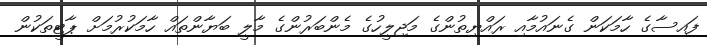
ފައިސާގެ ހާމަކަން ގެނައުމާއި ރައްޔިތުންގެ މަޖިލީހުގެ މެންބަރުންގެ މާލީ ބަޔާންތައް ހާމަކުރުމަށް ޕާޓީތަކުން